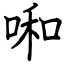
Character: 啝